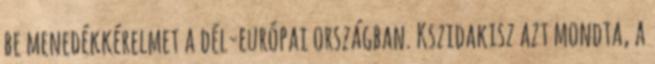
be menedékkérelmet a dél-európai országban. Kszidakisz azt mondta, a